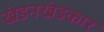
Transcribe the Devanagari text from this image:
खंडनखंडकार